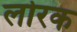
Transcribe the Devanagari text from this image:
लोरक